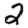
Digit: 2